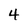
Character: 4